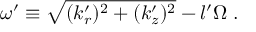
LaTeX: \omega ^ { \prime } \equiv \sqrt { ( k _ { r } ^ { \prime } ) ^ { 2 } + ( k _ { z } ^ { \prime } ) ^ { 2 } } - l ^ { \prime } \Omega \; .